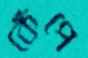
কেঁপে